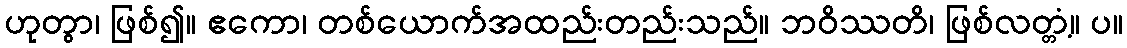
ဟုတွာ၊ ဖြစ်၍။ ဧကော၊ တစ်ယောက်အထည်းတည်းသည်။ ဘဝိဿတိ၊ ဖြစ်လတ္တံ့။ ပ။